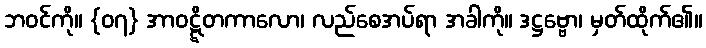
ဘဝင်ကို။ {၀၇} အာဝဋ္ဋိတကာလော၊ လည်စေအပ်ရာ အခါကို။ ဒဋ္ဌဗ္ဗော၊ မှတ်ထိုက်၏။